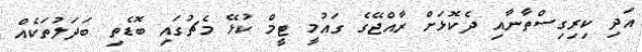
އަދި ކިރިގިސްތާނާއި ދެކޮޅަށް ރާއްޖޭގެ ގައުމީ ޓީމް ކުޅޭ މެޗުގައި ބޮޑެތި ބަދަލުތަކެއް